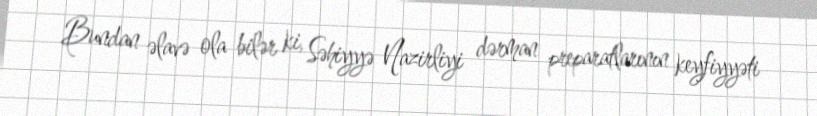
Bundan əlavə ola bilər ki, Səhiyyə Nazirliyi dərman preparatlarının keyfiyyəti